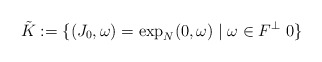
\begin{align*}\tilde K:=\{ (J_0,\omega)=\exp_N(0,\omega) \mid \omega\in F^\perp\ 0\}\end{align*}